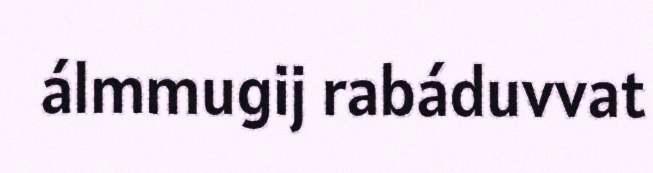
álmmugij rabáduvvat